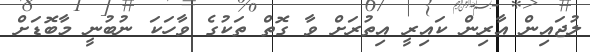
ލުޖައިން އާރިން ކައިރީ އިތުރަށް ވާ ގޮތް ތަކުގެ ވާހަކަ ނުބުނީ މާބޮޑަށް